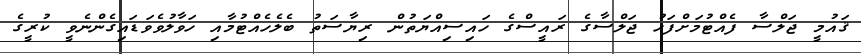
ޤައުމީ ޖަލްސާ ފެއްޓުމަށްފަހު ޖަލްސާގެ ރައީސްގެ ހައިސިއްޔަތުން ރިޔާސަތު ބެލެހެއްޓުމާއި ހަވާލުވެވަޑައިގެންނެވީ ކުރީގެ